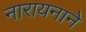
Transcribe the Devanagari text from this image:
नारायनाने